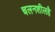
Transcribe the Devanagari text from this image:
चलनशीलहै